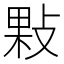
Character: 敤